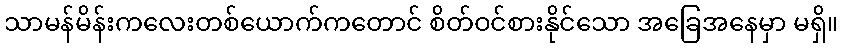
သာမန်မိန်းကလေးတစ်ယောက်ကတောင် စိတ်ဝင်စားနိုင်သော အခြေအနေမှာ မရှိ။